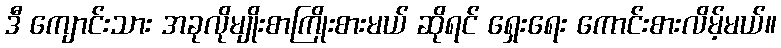
ဒီ ကျောင်းသား အခုလိုမျိုးစာကြိုးစားမယ် ဆိုရင် ရှေးရေး ကောင်းစားလိမ့်မယ်။